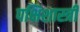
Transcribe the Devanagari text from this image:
पक्षिशास्त्री